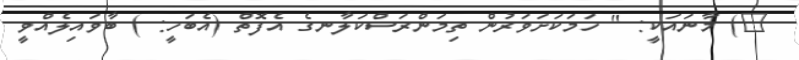
٤) މާނައަކީ: " ހަމަކަށަވަރުން ތިމަންރަސްކަލާނގެ އެފޮތް (އެބަހީ: ) ބާވައިލެއްވީ